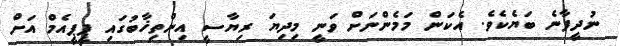
ނުދީފާނެ ބަޔެކެވެ. އެކަން މަމެންނަށް ވަނީ މިދިޔަ ރިޔާސީ އިންތިޚާބުގައި ޕީޕީއެމް އަށް